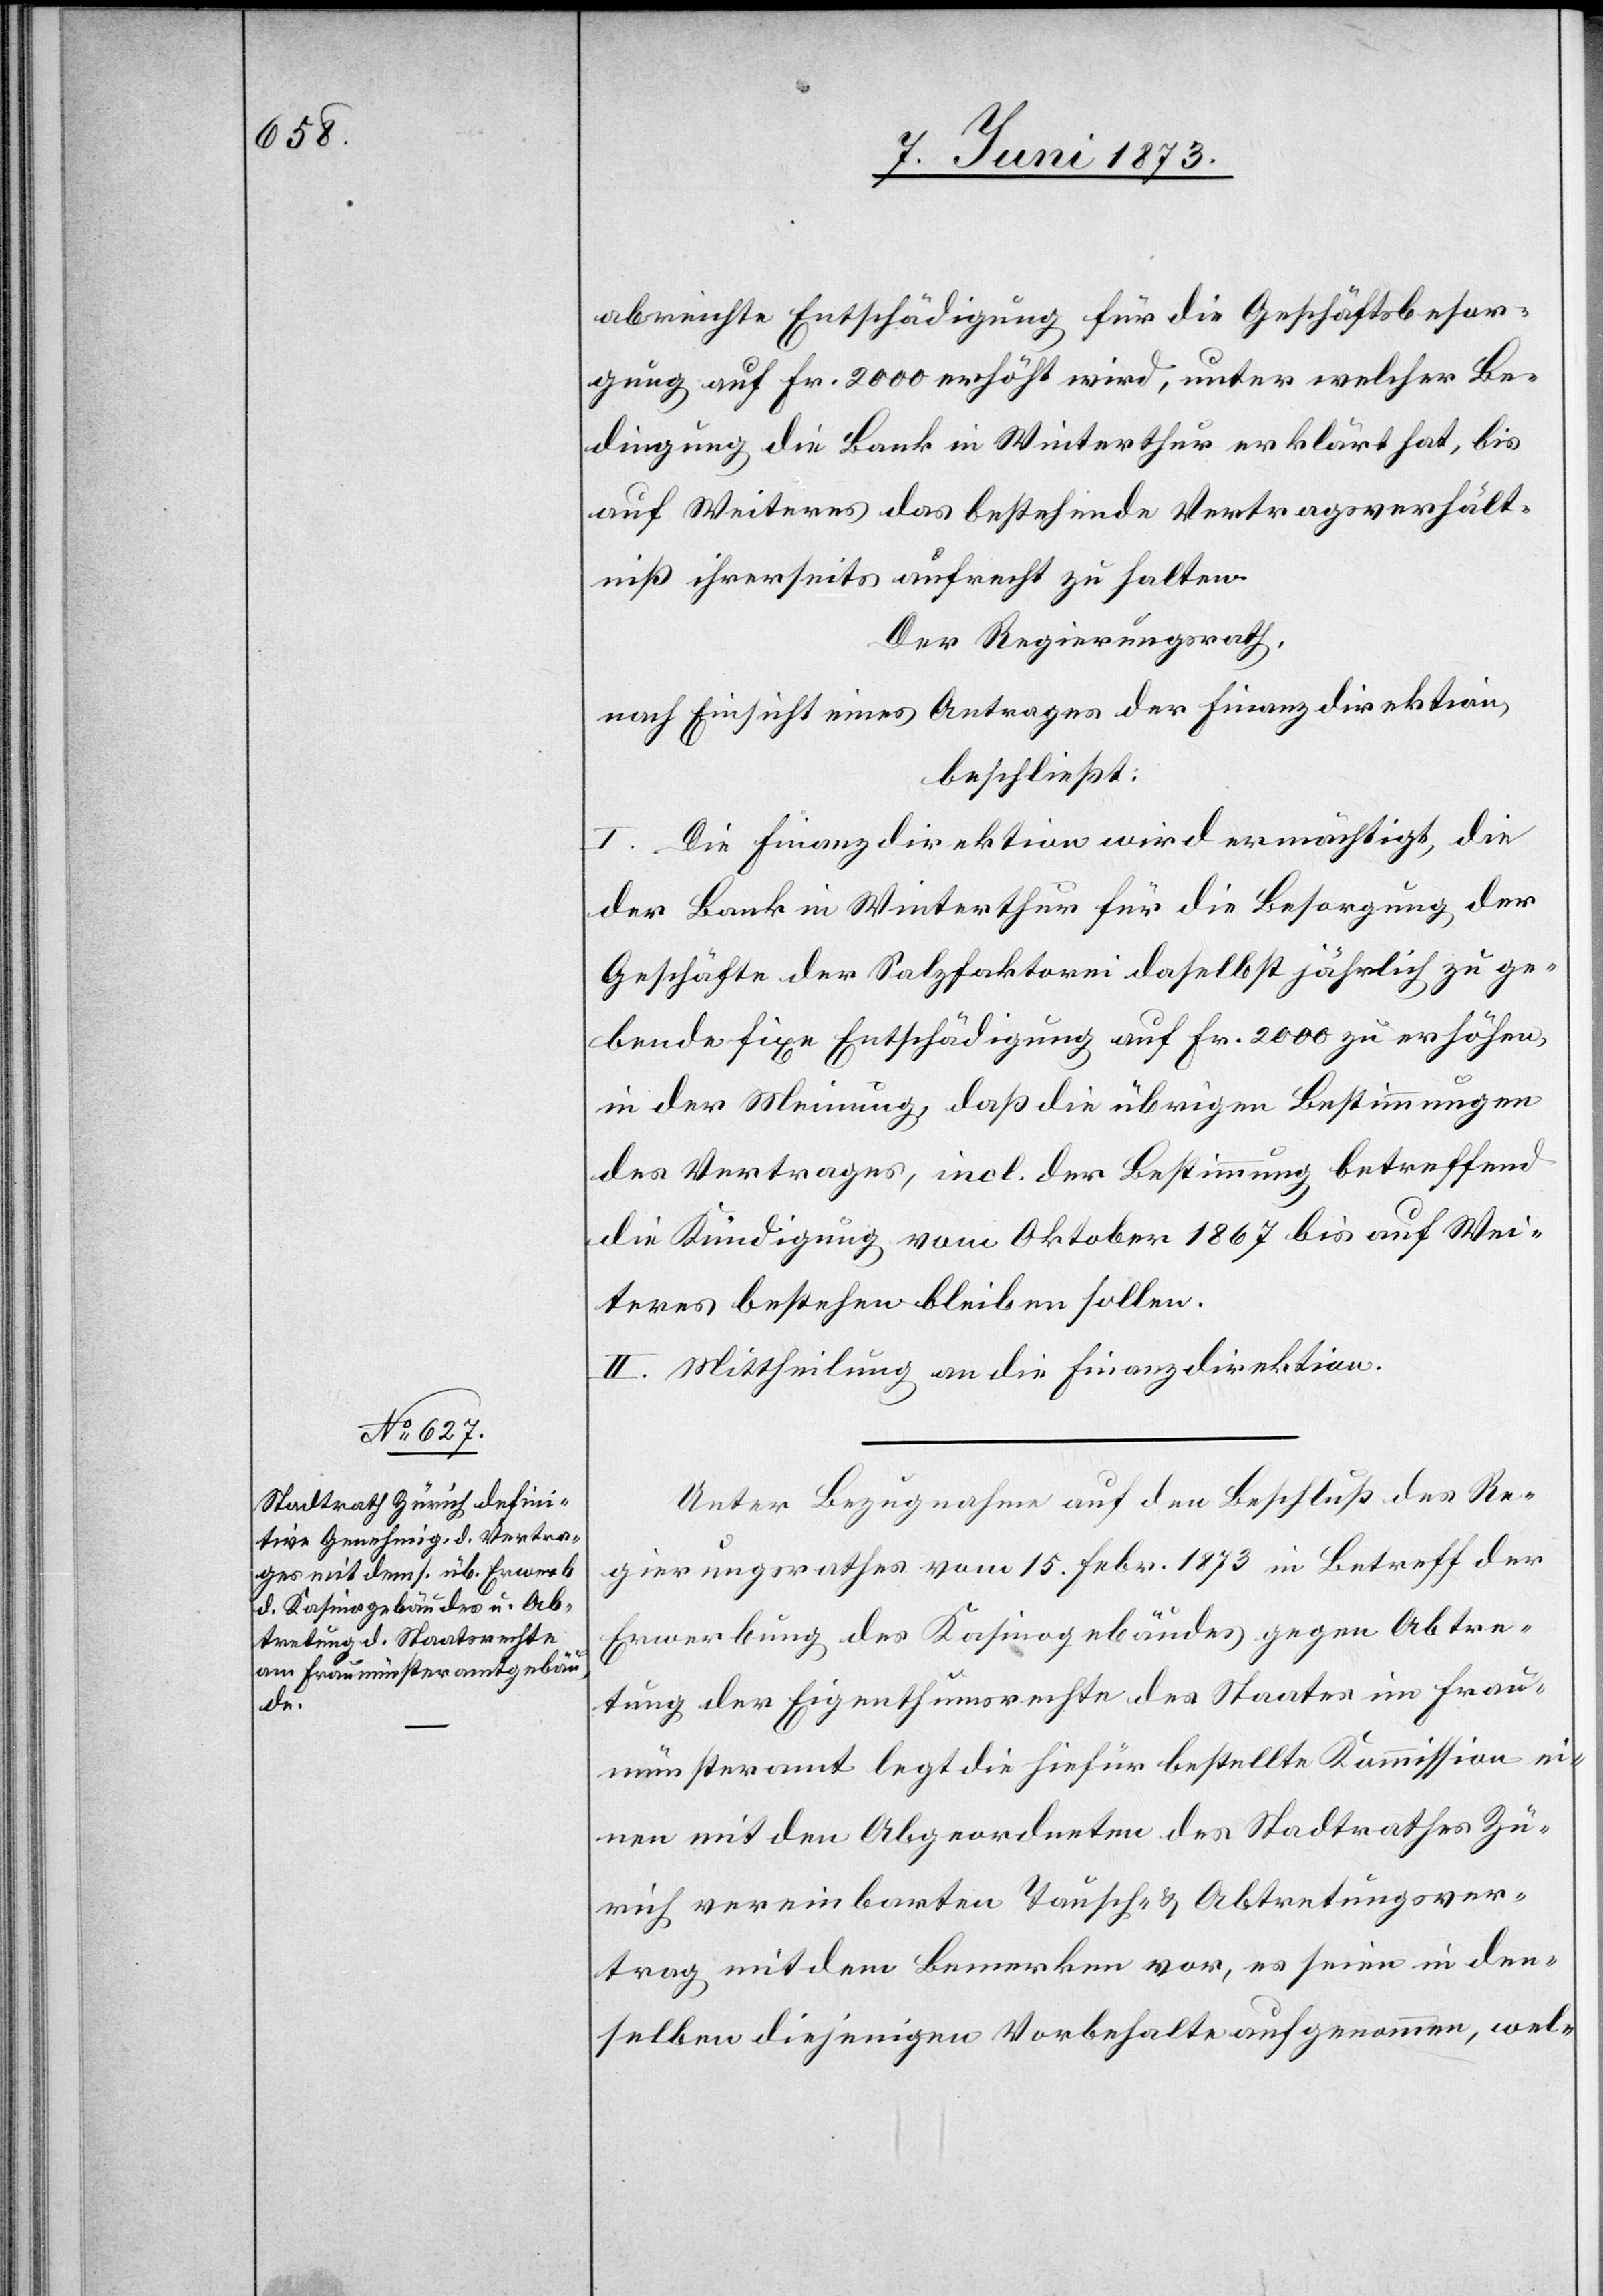
elben

abreichte Entschädigung für die Geschäftsbesor¬
gung auf Fr. 2 000 erhöht wird, unter welcher Be¬
dingung die Bank in Winterthur erklärt hat, bis
auf Weiteres das bestehende Vertragsverhält¬
niß ihrerseits aufrecht zu halten.
Der Regierungsrath,
nach Einsicht eines Antrages der Finanzdirektion,
beschließt:
I. Die Finanzdirektion wird ermächtigt, die
der Bank in Winterthur für die Besorgung der
Geschäfte der Salzfaktorei daselbst jährlich zu ge¬
bende fixe Entschädigung auf Fr. 2 000 zu erhöhen,
in der Meinung, daß die übrigen Bestimmungen
des Vertrages, incl. der Bestimmung betreffend
die Kündigung vom Oktober 1867 bis auf Wei¬
teres bestehen bleiben sollen.
II. Mittheilung an die Finanzdirektion.
Unter Bezugnahme auf den Beschluß des Re¬
gierungsrathes vom 15. Febr. 1873 in Betreff der
Erwerbung des Kasinogebäudes gegen Abtre¬
tung der Eigenthumsrechte des Staates im Frau¬
münsteramt legt die hiefür bestellte Kommission ei¬
nen mit den Abgeordneten des Stadtrathes Zü¬
rich vereinbarten Tausch- & Abtretungsver¬
trag mit dem Bemerken vor, es seien in dens¬